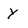
Character: y